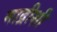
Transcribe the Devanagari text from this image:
माद्रीशी